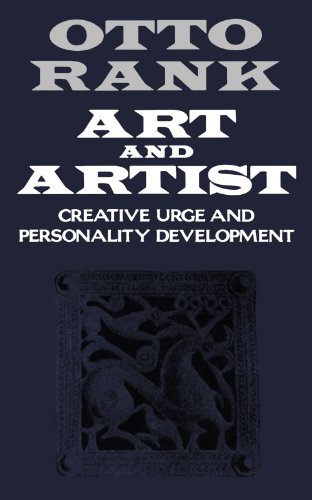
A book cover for Art and Artist: Creative Urge and Personality Development; Otto Rank; Health, Fitness & Dieting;